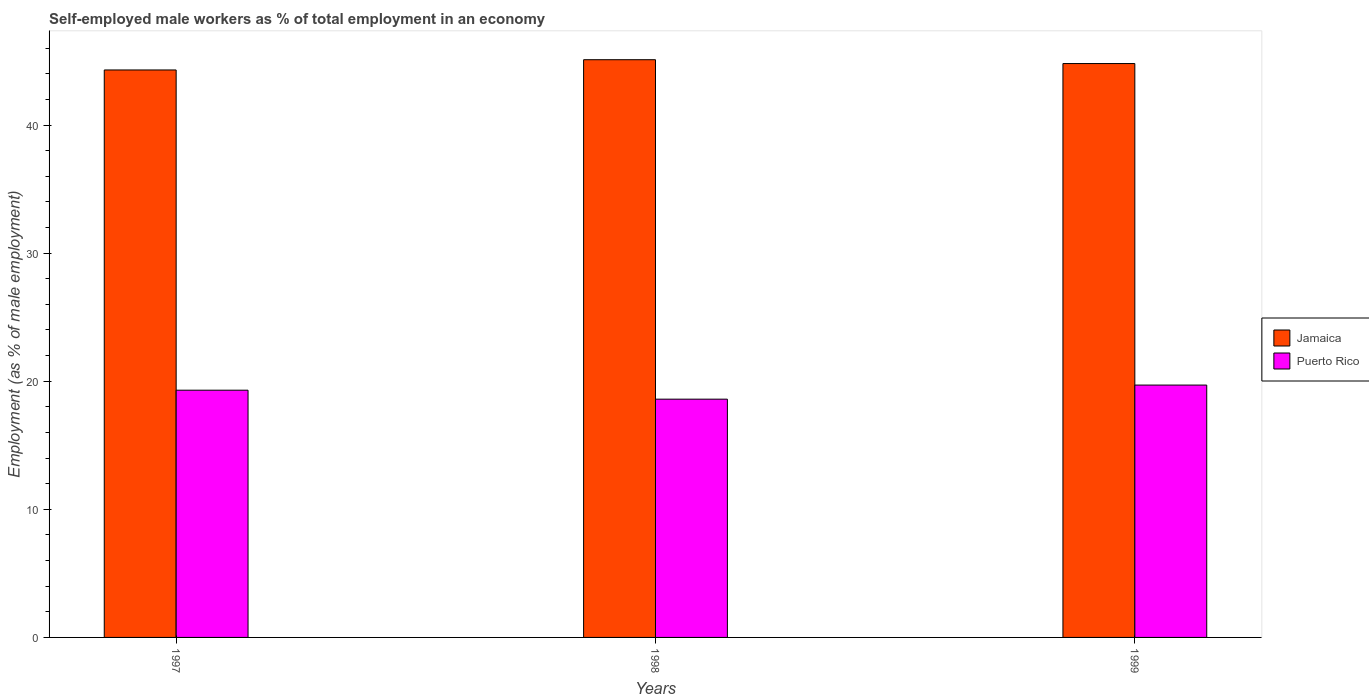
| Years | Jamaica | Puerto Rico |
 | --- | --- | --- |
 | 1997 | 44.3 | 19.3 |
 | 1998 | 45.1 | 18.6 |
 | 1999 | 44.8 | 19.7 |